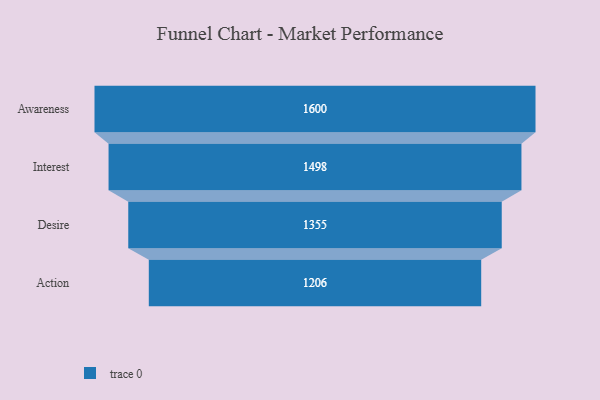
{"axis": {"x": "Stage", "y": "Value"}, "legend": [""], "data": [{"x": "Awareness", "y": 1600.0, "type": ""}, {"x": "Interest", "y": 1498.0, "type": ""}, {"x": "Desire", "y": 1355.0, "type": ""}, {"x": "Action", "y": 1206.0, "type": ""}]}